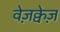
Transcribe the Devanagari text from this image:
वेज़क्वेज़